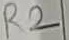
Text: R2